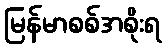
မြန်မာစစ်အစိုးရ